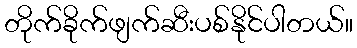
တိုက်ခိုက်ဖျက်ဆီးပစ်နိုင်ပါတယ်။